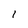
Character: 1